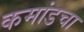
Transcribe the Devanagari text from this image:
कमांडचा